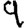
Digit: 9